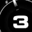
Digit: 3